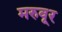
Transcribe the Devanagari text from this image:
मरुवूर